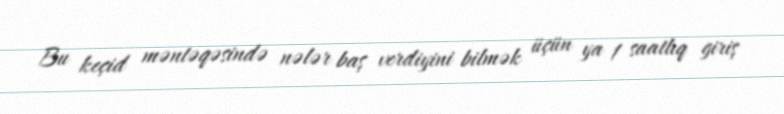
Bu keçid məntəqəsində nələr baş verdiyini bilmək üçün ya 1 saatlıq giriş